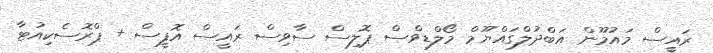
ރައީސް މައުމޫން އަބްދުލްގައްޔޫމް މޯލްޑިވްސް ޕޮލިސް ސާވިސް ރައީސް އޮފީސް + ޕްރޮސެކިއުޓާ